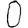
Digit: 0